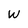
Character: W